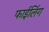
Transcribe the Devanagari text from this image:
फाईलिंग